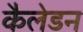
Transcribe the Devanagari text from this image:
कैलेडन